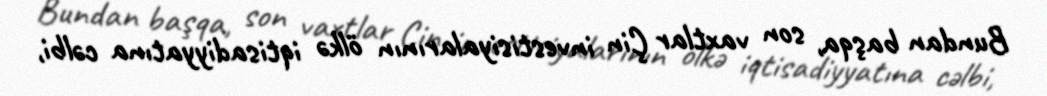
Bundan başqa, son vaxtlar Çin investisiyalarının ölkə iqtisadiyyatına cəlbi,